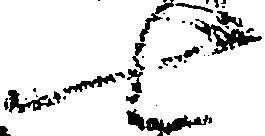
七